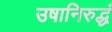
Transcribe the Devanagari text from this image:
उषानिरुद्धं